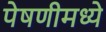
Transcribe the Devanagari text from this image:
पेषणीमध्ये